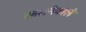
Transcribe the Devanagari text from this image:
कसनेवाले